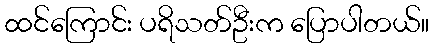
ထင်ကြောင်း ပရိသတ်ဦးက ပြောပါတယ်။